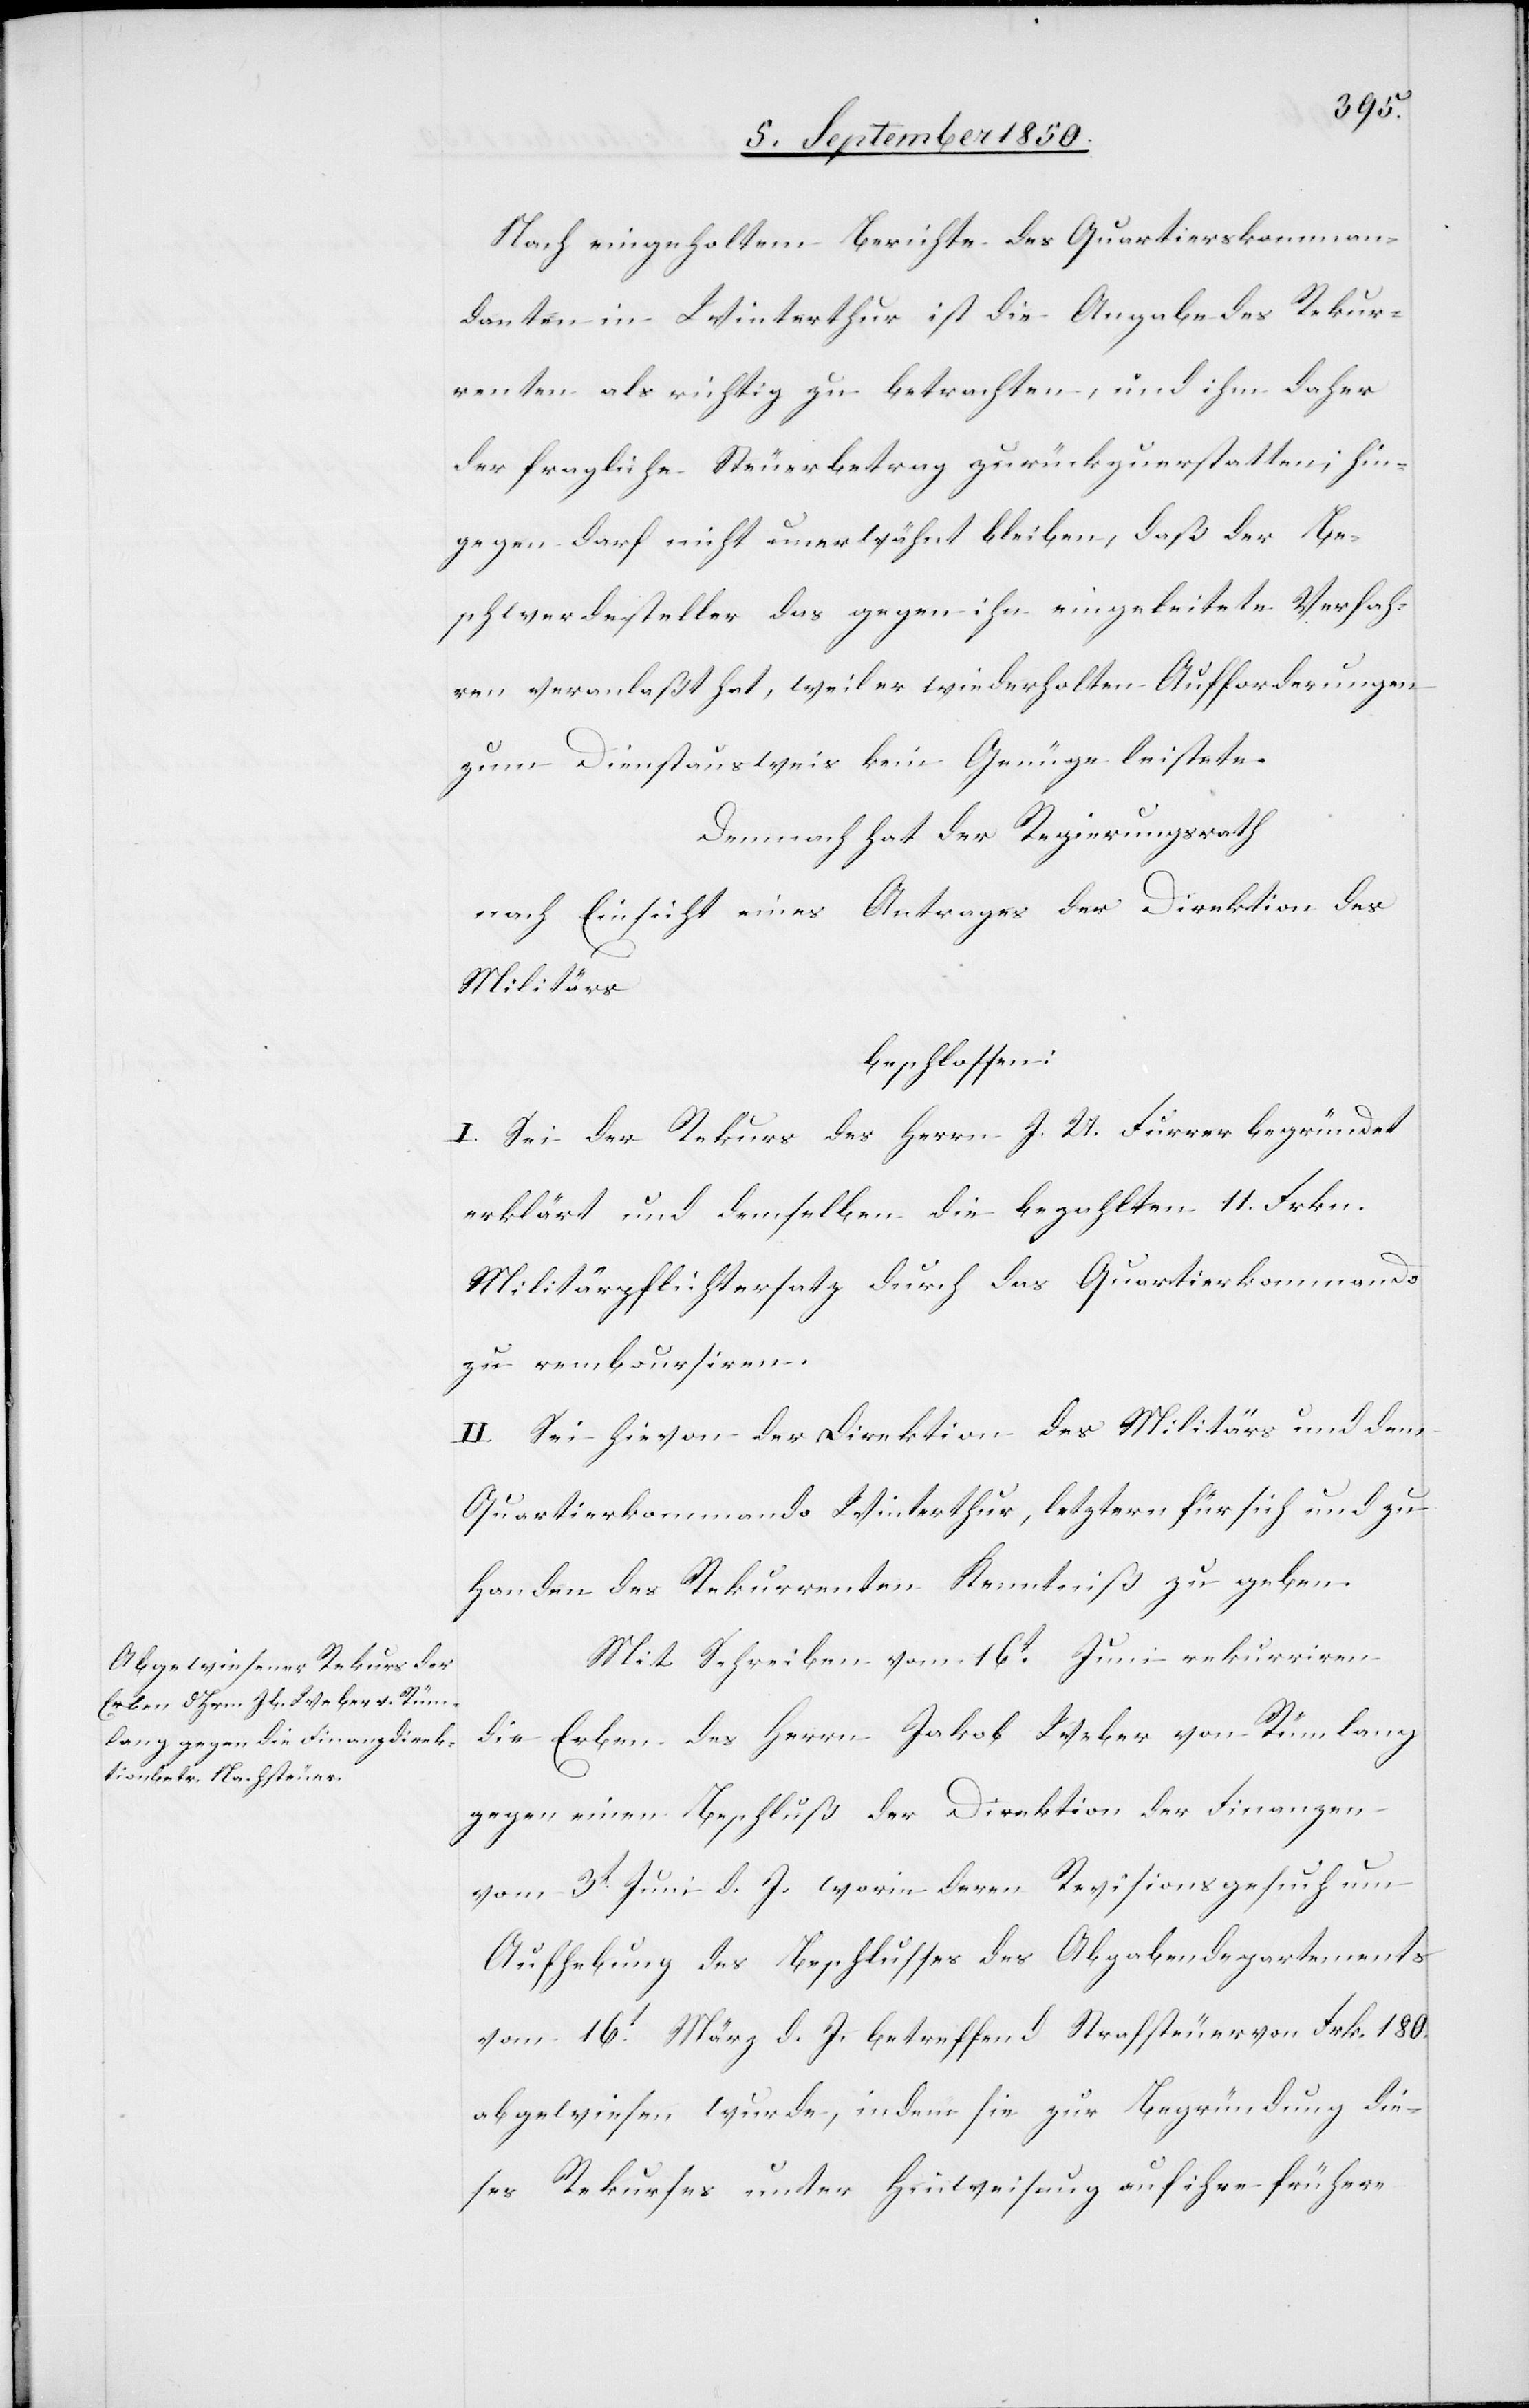
Nach eingeholtem Berichte des Quartierskomman¬
danten in Winterthur ist die Angabe des Rekur¬
renten als richtig zu betrachten, und ihm daher
der fragliche Steuerbetrag zurückzuerstatten; hin¬
gegen darf nicht unerwähnt bleiben, daß der Be¬
schwerdesteller das gegen ihn eingeleitete Verfah¬
ren veranlaßt hat, weil er wiederholten Aufforderungen
zum Dienstausweis kein Genüge leistete.
Demnach hat der Regierungsrath
nach Einsicht eines Antrages der Direktion des
Militärs
beschlossen:
I. Sei der Rekurs des Herrn J. U. Furrer begründet
erklärt und demselben die bezahlten 11. Frkn.
Militärpflichtersatz durch das Quartierkommando
zu remboursiren.
II. Sei hievon der Direktion des Militärs und dem
Quartierkommando Winterthur, letztern für sich und zu
Handen des Rekurrenten Kenntniß zu geben.
Mit Schreiben vom 16t Juni rekurriren
die Erben des Herrn Jakob Weber von Rümlang
gegen einen Beschluß der Direktion der Finanzen
vom 3t Juni d. J. worin deren Revisionsgesuch um
Aufhebung des Beschlusses des Abgabendepartements
vom 16t März d. J. betreffend Strafsteuer von Frk. 180.
abgewiesen wurde, indem sie zur Begründung die¬
ses Rekurses unter Hinweisung auf ihre frühere